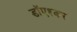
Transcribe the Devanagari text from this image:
डाॅएश्कर